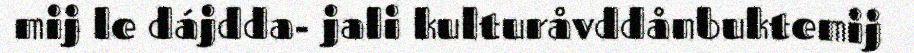
mij le dájdda- jali kulturåvddånbuktemij